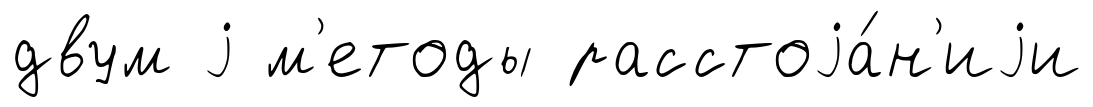
двум j м'етоды расстоjа́н'иjи